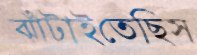
ঝাঁটাইতেছিস